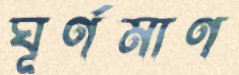
ঘূর্ণমাণ